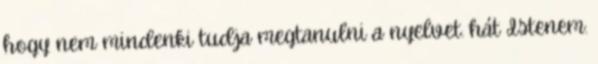
hogy nem mindenki tudja megtanulni a nyelvet. hát Istenem.